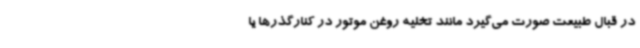
در قبال طبیعت صورت می‌گیرد مانند تخلیه روغن موتور در کنارگذرها یا